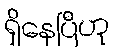
ရှိနေပြီဟု